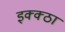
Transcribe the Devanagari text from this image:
इक्क्ठा